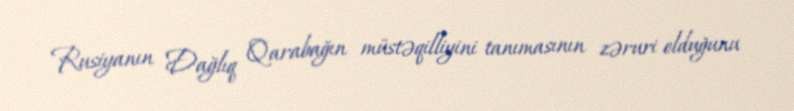
Rusiyanın Dağlıq Qarabağın müstəqilliyini tanımasının zəruri olduğunu